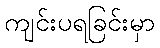
ကျင်းပရခြင်းမှာ